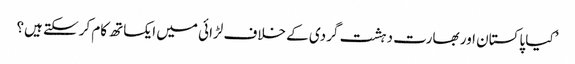
’کیا پاکستان اور بھارت دہشت گردی کے خلاف لڑائی میں ایکساتھ کام کرسکتے ہیں؟